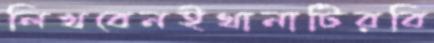
লিখবেনইথানাটিরবি